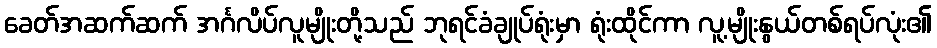
ခေတ်အဆက်ဆက် အင်္ဂလိပ်လူမျိုးတို့သည် ဘုရင်ခံချုပ်ရုံးမှာ ရုံးထိုင်ကာ လူ့မျိုးနွယ်တစ်ရပ်လုံး၏